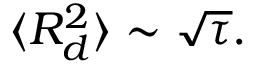
\langle R _ { d } ^ { 2 } \rangle \sim { \sqrt { \tau } } .